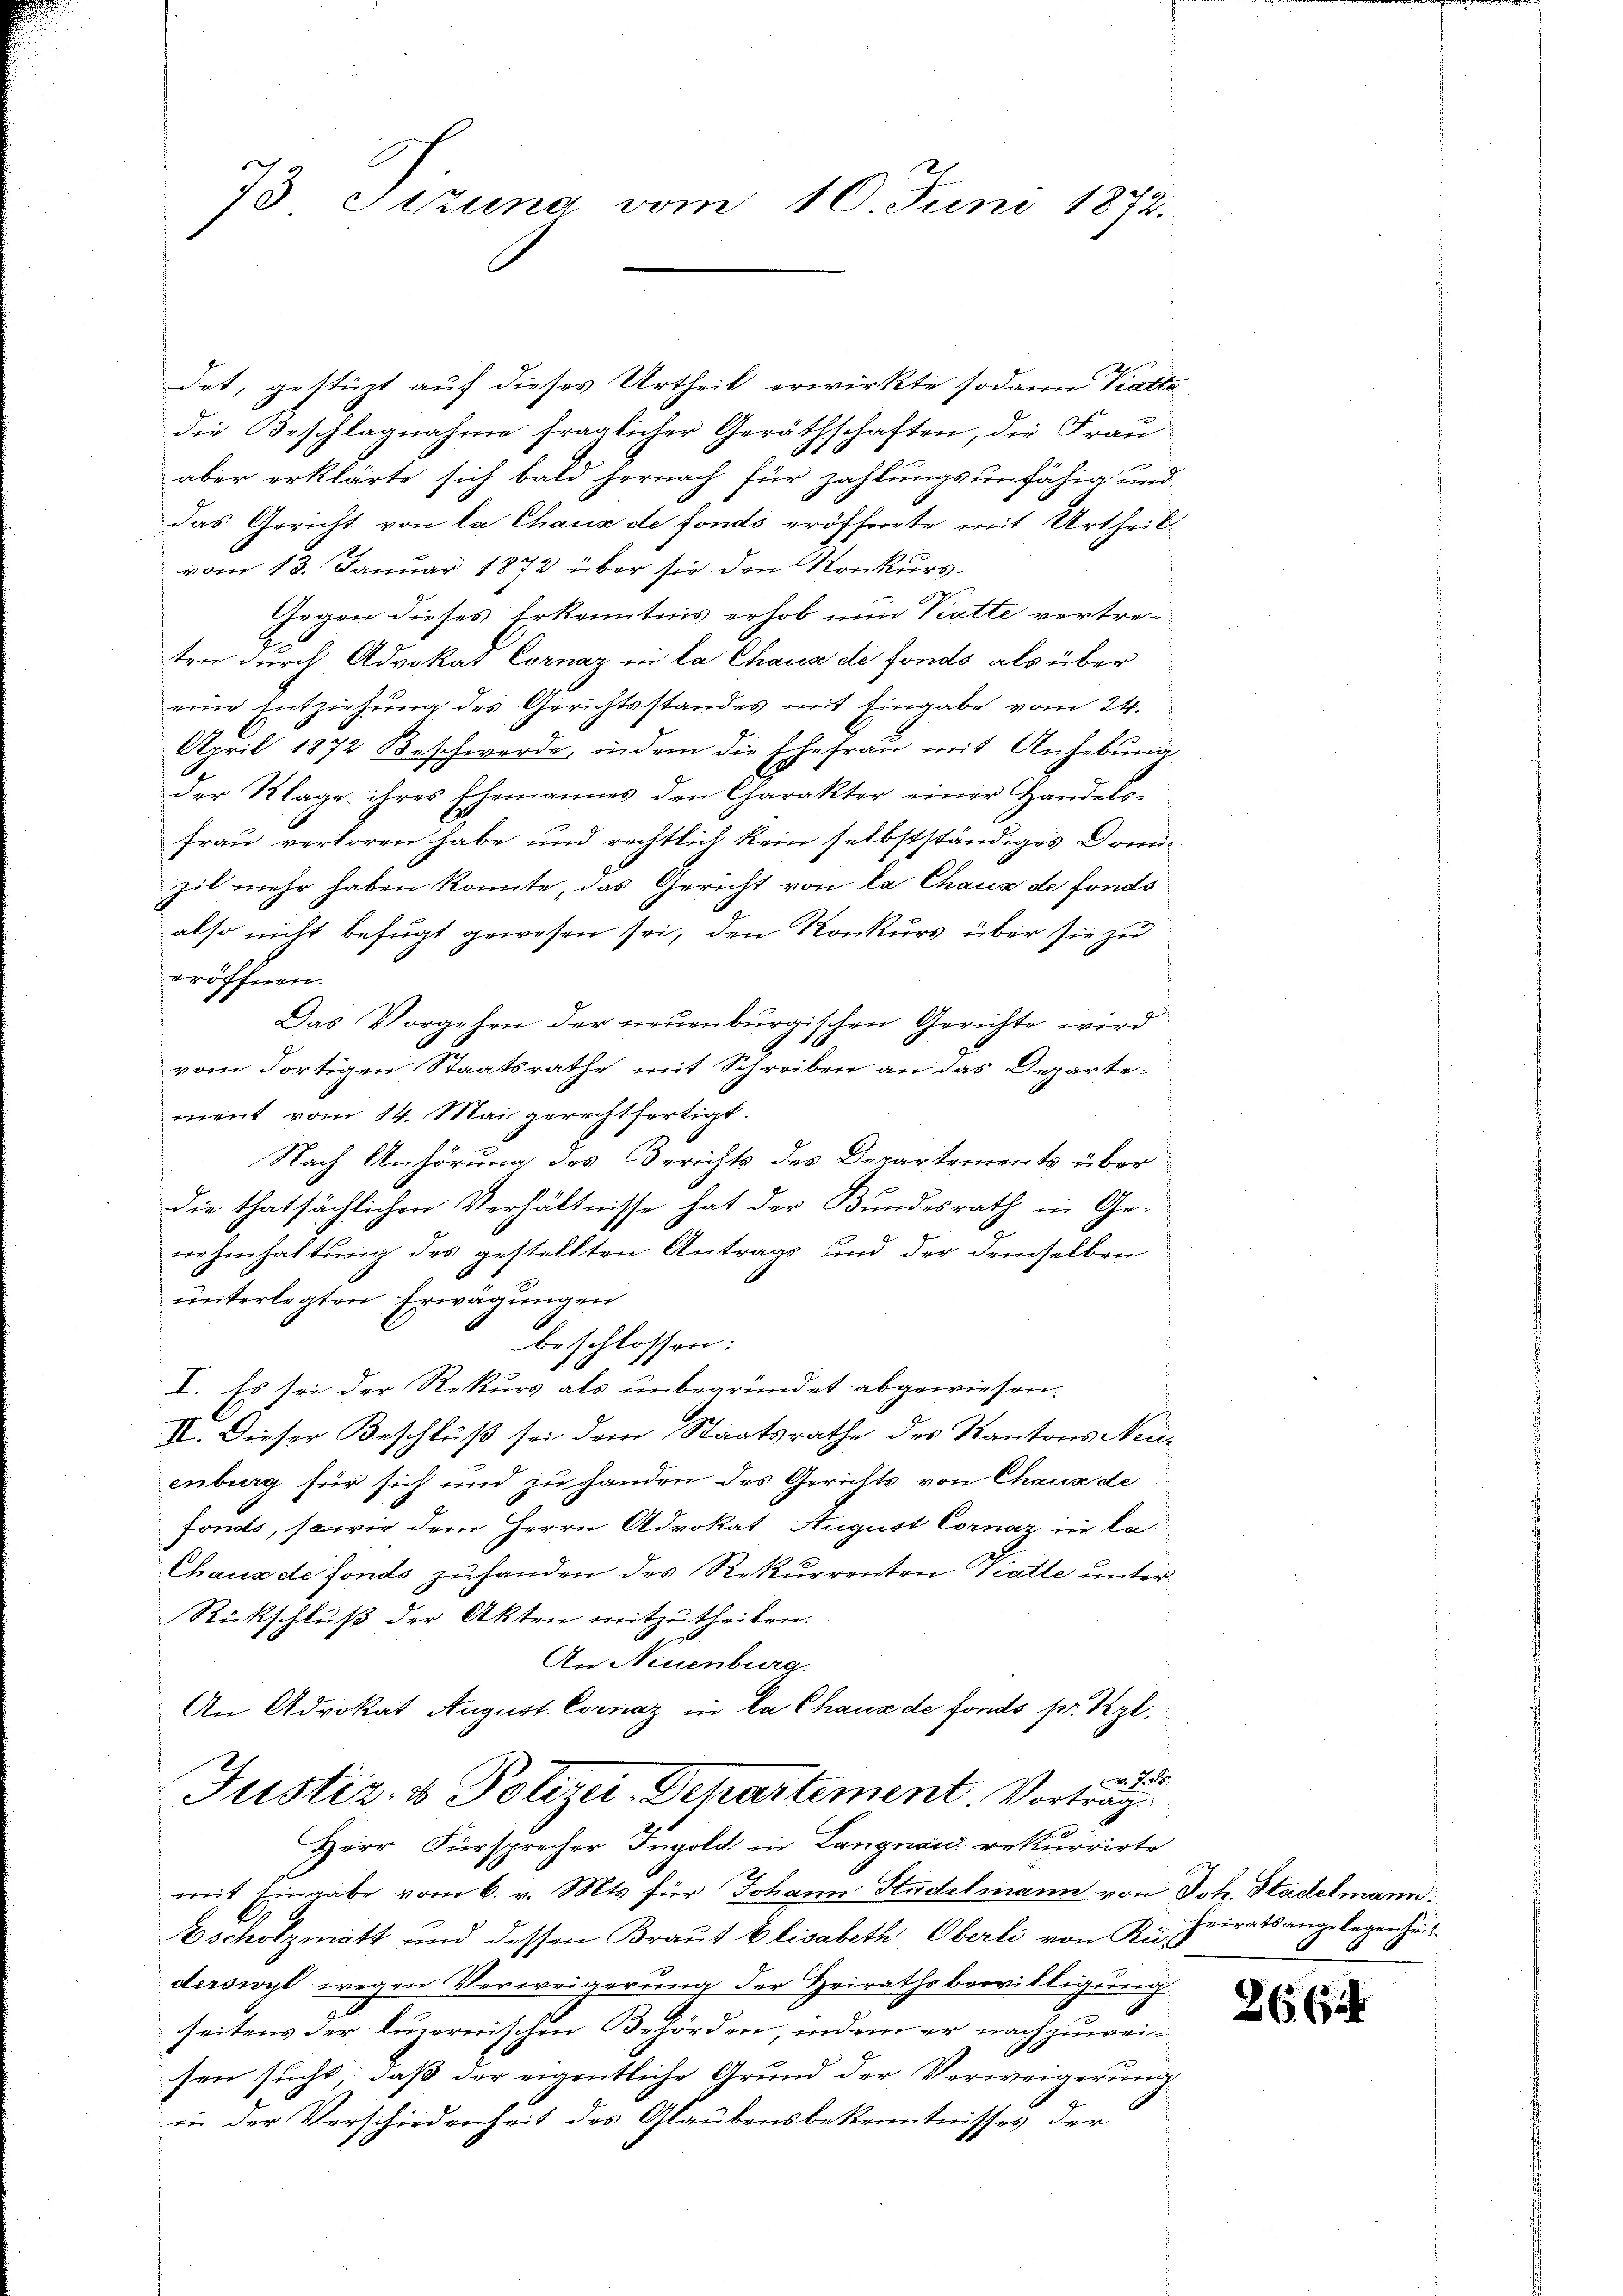
73 Sitzung vom 10. Juni 1872.

det, gestüzt auf dieses Urtheil erwirkte sodann Kattedie Beschlagnahme fraglicher Geräthschaften, die Frau
aber erklärte sich bald hernach für zahlungsunfähig und
das Gericht von la Chaux de fonds eröfferete mit Urtheilvom 13. Januar 1872 über sie den Konkurs.
Gegen dieses Erkenntnis erhob nun Piatte vertre-
ten durch Advokat Cornaz in la Chaus de fonds als über
eine Entziehung des Gerichtsstandes mit Eingabe vom 24.
April 1872 Beschwerde, indem die Ehefrau mit Anhebung
der Klage ihres Ehemannes den Charakter einer Handels-
Frau verloren habe und rechtlich kein selbstständiges Domizil mehr haben konnte, das Gericht von la Chaux de fonds
also nicht befugt gewesen sei, den Konkurs über sie zu
eröffnen.
Das Vorgehen der neuenburgischen Gerichte wird
vom dortigen Staatsrathe mit Schreiben an das Departement vom 14. Mai gerechtfertigt.
Nach Anhörung des Berichts des Departements über
die thatsächlichen Verhältnisse hat der Bundesrath in Ge-
nehmhaltung des gestellten Antrags und der demselben
unterlegten Erwägungen
beschlossen:
V. Es sei der Rekurs als unbegründet abgewiesen.
II. Dieser Beschluß sei dem Staatsrathe des Kantons Neuenberg für sich und zu handen des Gerichts von Chaux de
fomts, sowie dem Herrn Advokat August Cornaz in la
Chaus de fonds zuhanden des Rekurrenten Tratte unter
Rückschluß der Akten mitzutheilen.
An Neuenburg.
An Advokat August. Cornaz in la Chaux de fonds sr. Kgl.
M. D. R.
Justiz- & Polizei-Departement. Vortrag
Herr Fürsprecher Ingold in Langnauz rekurrirte
mit Eingabe vom 6. v. Mts für Johann Stadelmann von Joh. Stadelmann.
Bscholzmatt und dessen Braut Elisabeth Oberli von Rüs
derswyl wegen Verweigerung der Heirathsbewilligung
seitens der linernischen Behörden, indem er nachzuweisen sucht, daß der eigentliche Grund der Verweigerung
in der Verschiedenheit des Glaubensbekenntnisses der

heiratsangelegenheit

2662